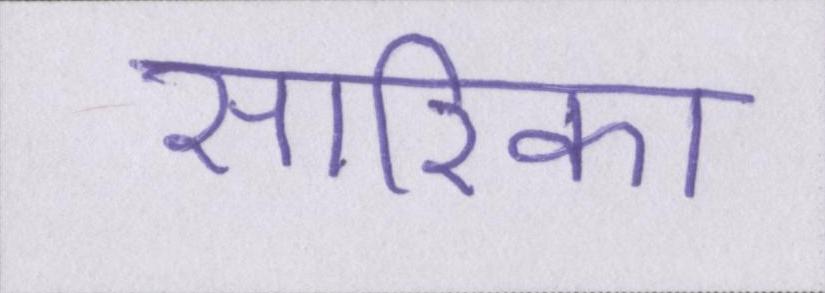
सारिका